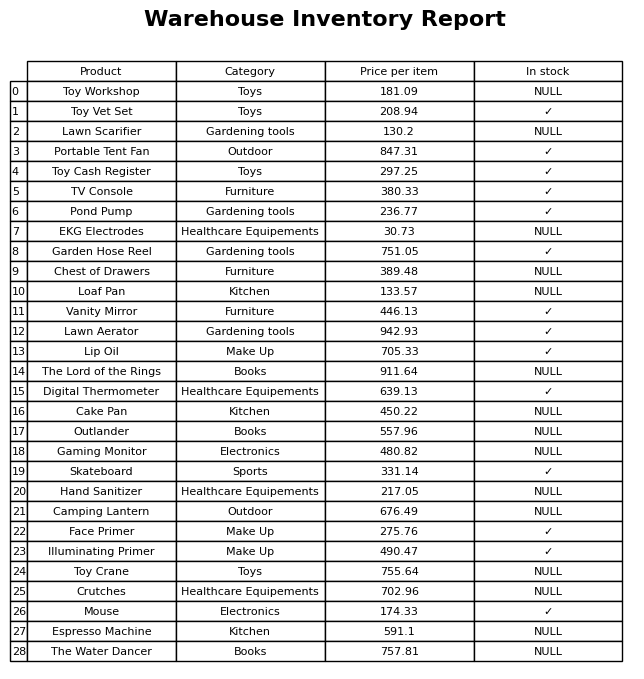
question: What is the price of the Garden Hose Reel?
answer: The price of Garden Hose Reel is 751.05.